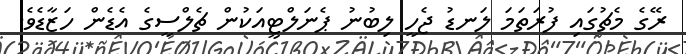
ރޭގެ މެޗުގައި ފުރަތަމަ ލަނޑު ޖެހީ ލިބުނު ޕެނަލްޓީއަކުން ޗެލްސީގެ އެޑެން ހަޒާޑެވެ.